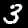
Digit: 3